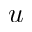
\boldsymbol { u }